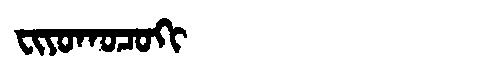
Manchu: ᠸᡳᠶᠣᡴᠣᠴᠣᡴᡳ
Romanization: FIYOKOCOKI